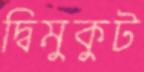
দ্বিমুকুট